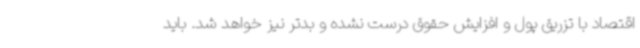
اقتصاد با تزریق پول و افزایش حقوق درست نشده و بدتر نیز خواهد شد. باید